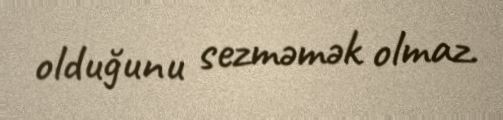
olduğunu sezməmək olmaz.